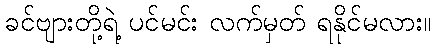
ခင်ဗျားတို့ရဲ့ ပင်မင်း လက်မှတ် ရနိုင်မလား။